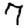
Digit: 7